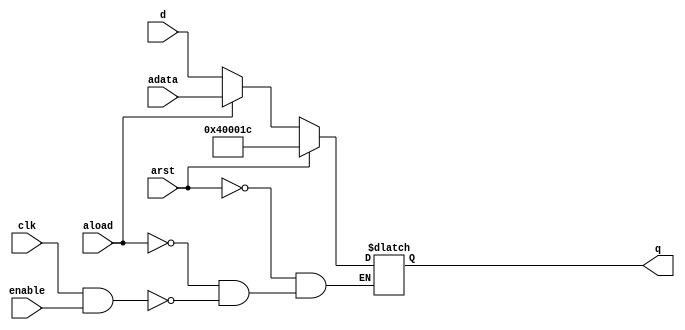
module dffr_32bit_PC(clk,arst, aload, adata,d,enable,q);
    
    input clk;
    input arst;
    input aload;
    input [31:0] adata;
    input [31:0] d;
    input enable;
    output reg [31:0] q;
    
    always @(clk , arst , aload)
      begin
        if (arst == 1'b1) q <= 32'h0040001c;
        else if (aload == 1'b1) q <= adata; 
        else if ((clk == 1'b1) && (enable == 1'b1)) q <= d;
      end
      
  endmodule